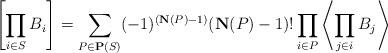
LaTeX: \begin{align*}\left[\prod_{i\in S}B_i\right]=\sum_{P\in\mathbf{P}(S)}(-1)^{(\mathbf {N}(P)-1)}(\mathbf{N}(P)-1)!\prod_{i\in P}\left\langle \prod_{j\in i}B_j\right\rangle\end{align*}